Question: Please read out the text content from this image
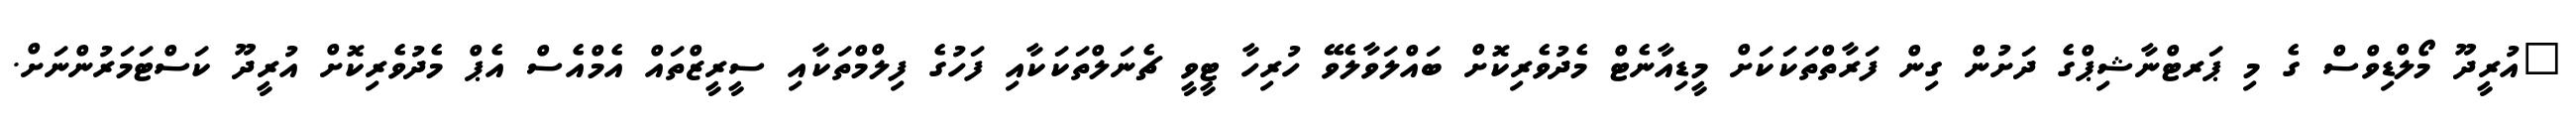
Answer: "އުރީދޫ މޯލްޑިވްސް ގެ މި ޕަރޓްނާޝިޕްގެ ދަށުން ގިން ފަރާތްތަކަކަށް މީޑިއާނެޓް މެދުވެރިކޮށް ބައްލަވާލެވޭ ހުރިހާ ޓީވީ ޗެނަލްތަކަކާއި ފަހުގެ ފިލްމްތަކާއި ސީރީޒްތައް އެމްއެސް އެޕް މެދުވެރިކޮށް އުރީދޫ ކަސްޓަމަރުންނަށް.